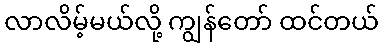
လာလိမ့်မယ်လို့ ကျွန်တော် ထင်တယ်